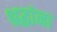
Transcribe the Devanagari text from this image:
श्रद्घांना